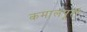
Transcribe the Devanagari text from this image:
कमालपूरी